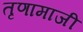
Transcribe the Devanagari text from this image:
तृणामाजी